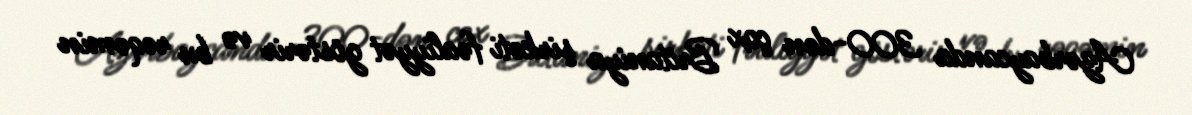
Azərbaycanda 300-dən çox Britaniya şirkəti fəaliyyət göstərir və bu rəqəmin